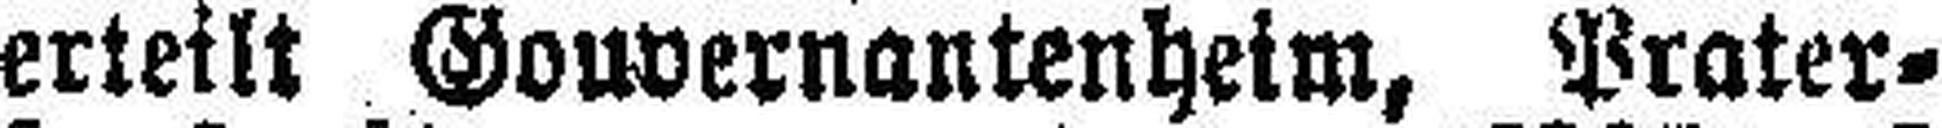
erteilt Gouvernantenheim, Prater¬